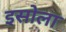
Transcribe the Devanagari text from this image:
इसोला